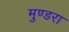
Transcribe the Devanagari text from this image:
मुण्डरा